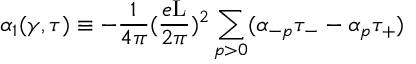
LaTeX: { \alpha } _ { 1 } ( \gamma , \tau ) \equiv - \frac { 1 } { 4 \pi } ( \frac { e \mathrm { L } } { 2 \pi } ) ^ { 2 } \sum _ { p > 0 } ( { \alpha } _ { - p } { \tau } _ { - } - { \alpha } _ { p } { \tau } _ { + } )